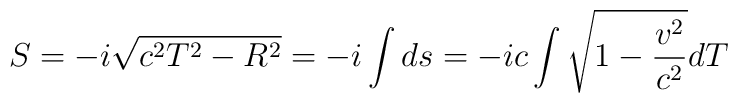
S=-i\sqrt{c^2T^2-R^2}=-i\int ds=-ic\int\sqrt{1-\frac{v^2}{c^2}}dT